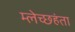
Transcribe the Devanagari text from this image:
म्लेच्छहंता